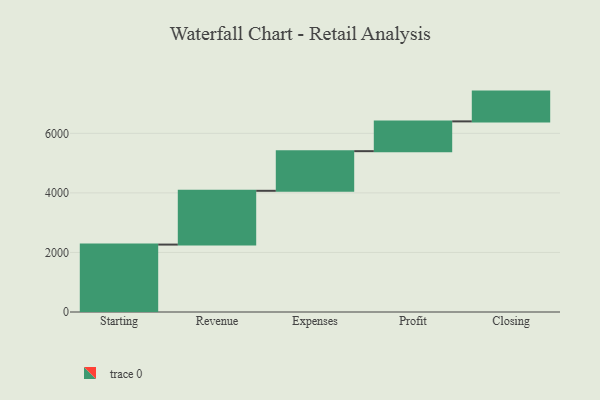
{"axis": {"x": "Step", "y": "Value"}, "legend": [""], "data": [{"x": "Starting", "y": 2264.0, "type": ""}, {"x": "Revenue", "y": 1806.0, "type": ""}, {"x": "Expenses", "y": 1331.0, "type": ""}, {"x": "Profit", "y": 1000, "type": ""}, {"x": "Closing", "y": 1000, "type": ""}]}